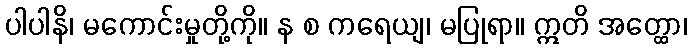
ပါပါနိ၊ မကောင်းမှုတို့ကို။ န စ ကရေယျ၊ မပြုရာ။ ဣတိ အတ္ထော၊